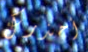
أحذرك